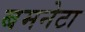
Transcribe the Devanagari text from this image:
बमनेटा